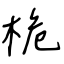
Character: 桅